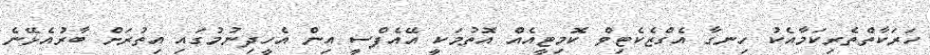
ހަރަކާތްތެރިކަމާއެކު ހިނގާ އެގްޒެކެޓިވް ކޮމިޓީއެއް އޮތުމަކީ އޭއެފްސީ އިން އެހީދިނުމުގައި އިތުރަށް ބާރުއެޅޭނެ